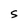
Character: S